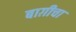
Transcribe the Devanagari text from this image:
बाग़ीचा